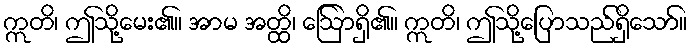
ဣတိ၊ ဤသို့မေး၏။ အာမ အတ္ထိ၊ ဩော်ရှိ၏။ ဣတိ၊ ဤသို့ပြောသည်ရှိသော်။